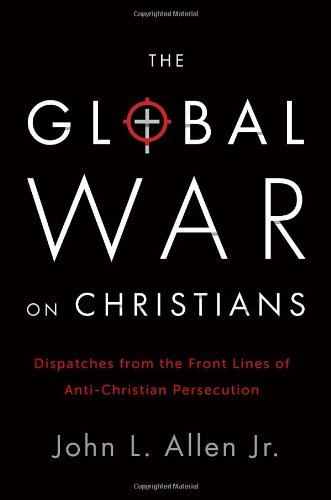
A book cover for The Global War on Christians: Dispatches from the Front Lines of Anti-Christian Persecution; John L. Allen Jr.; Religion & Spirituality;